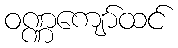
ဝဏ္ဏကျော်ထင်